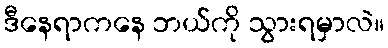
ဒီနေရာကနေ ဘယ်ကို သွားရမှာလဲ။